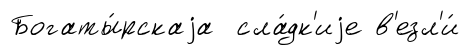
Богаты́рскаjа сла́дк'иjе в'езл'и́